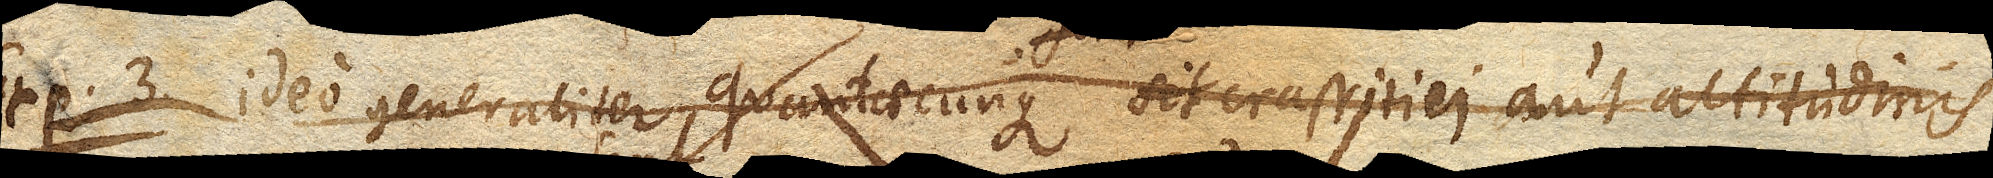
Exp. 3. Ideo generaliter quantaecunque sit crassitiei aut altitudinis